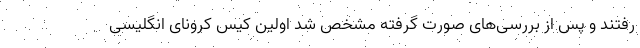
رفتند و پس از بررسی‌های صورت گرفته مشخص شد اولین کیس کرونای انگلیسی